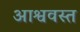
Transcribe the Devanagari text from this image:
आश्ववस्त